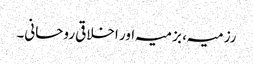
رزمیہ، بزمیہ اور اخلاقی روحانی۔